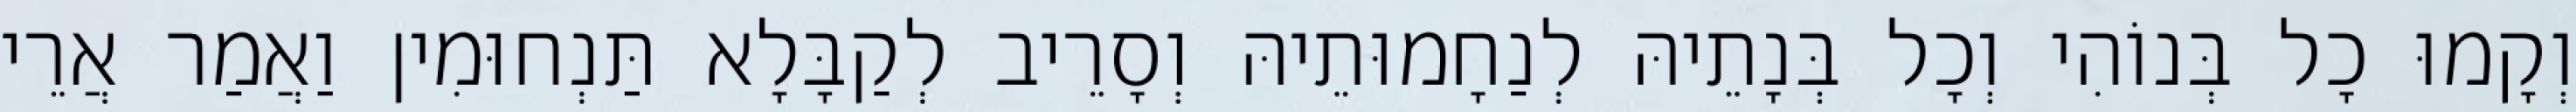
וְקָמוּ כָל בְּנוֹהִי וְכָל בְּנָתֵיהּ לְנַחָמוּתֵיהּ וְסָרֵיב לְקַבָּלָא תַּנְחוּמִין וַאֲמַר אֲרֵי